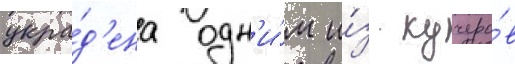
укра́д'ена одн'и́м и́з кучеро́в